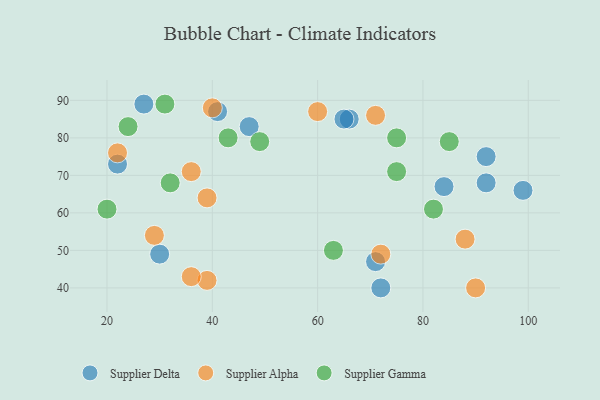
{"axis": {"x": "GDP", "y": "Life Expectancy"}, "legend": ["Supplier Alpha", "Supplier Delta", "Supplier Gamma"], "data": [{"x": "99", "y": 66, "type": "Supplier Delta"}, {"x": "84", "y": 67, "type": "Supplier Delta"}, {"x": "66", "y": 85, "type": "Supplier Delta"}, {"x": "65", "y": 85, "type": "Supplier Delta"}, {"x": "47", "y": 83, "type": "Supplier Delta"}, {"x": "22", "y": 73, "type": "Supplier Delta"}, {"x": "30", "y": 49, "type": "Supplier Delta"}, {"x": "92", "y": 75, "type": "Supplier Delta"}, {"x": "27", "y": 89, "type": "Supplier Delta"}, {"x": "92", "y": 68, "type": "Supplier Delta"}, {"x": "41", "y": 87, "type": "Supplier Delta"}, {"x": "71", "y": 47, "type": "Supplier Delta"}, {"x": "72", "y": 40, "type": "Supplier Delta"}, {"x": "39", "y": 42, "type": "Supplier Alpha"}, {"x": "60", "y": 87, "type": "Supplier Alpha"}, {"x": "29", "y": 54, "type": "Supplier Alpha"}, {"x": "36", "y": 71, "type": "Supplier Alpha"}, {"x": "72", "y": 49, "type": "Supplier Alpha"}, {"x": "88", "y": 53, "type": "Supplier Alpha"}, {"x": "90", "y": 40, "type": "Supplier Alpha"}, {"x": "40", "y": 88, "type": "Supplier Alpha"}, {"x": "71", "y": 86, "type": "Supplier Alpha"}, {"x": "22", "y": 76, "type": "Supplier Alpha"}, {"x": "36", "y": 43, "type": "Supplier Alpha"}, {"x": "39", "y": 64, "type": "Supplier Alpha"}, {"x": "24", "y": 83, "type": "Supplier Gamma"}, {"x": "75", "y": 80, "type": "Supplier Gamma"}, {"x": "63", "y": 50, "type": "Supplier Gamma"}, {"x": "49", "y": 79, "type": "Supplier Gamma"}, {"x": "75", "y": 71, "type": "Supplier Gamma"}, {"x": "43", "y": 80, "type": "Supplier Gamma"}, {"x": "31", "y": 89, "type": "Supplier Gamma"}, {"x": "20", "y": 61, "type": "Supplier Gamma"}, {"x": "32", "y": 68, "type": "Supplier Gamma"}, {"x": "82", "y": 61, "type": "Supplier Gamma"}, {"x": "85", "y": 79, "type": "Supplier Gamma"}]}